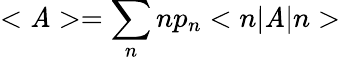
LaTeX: <\mathit{A}>=\sum_{n}np_{n}<n|\mathit{A}|n>